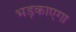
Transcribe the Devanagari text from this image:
भड़काएगा